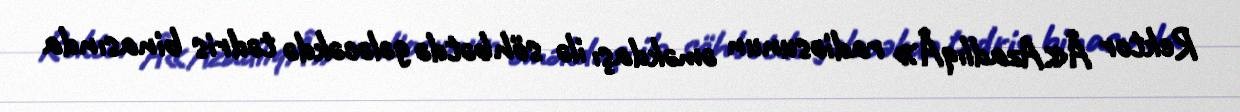
Rektor Â«AzadlıqÂ» radiosunun əməkdaşı ilə söhbətdə gələcəkdə tədris binasında